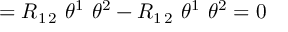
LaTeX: = R _ { 1 \, 2 } \ \theta ^ { 1 } \ \theta ^ { 2 } - R _ { 1 \, 2 } \ \theta ^ { 1 } \ \theta ^ { 2 } = 0 \quad